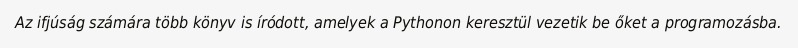
Az ifjúság számára több könyv is íródott, amelyek a Pythonon keresztül vezetik be őket a programozásba.